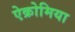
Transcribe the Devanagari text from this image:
ऐक्रोमिया